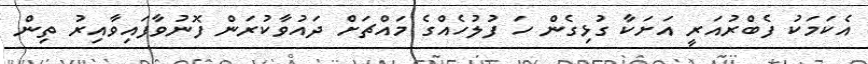
އެކަމަކު ފެބްރުއަރީ އަށަކާ ގުޅިގެން ހަ ފުލުހެއްގެ މައްޗަށް ދައުވާކުރަން ފޮނުވާފައިވާއިރު ތިން